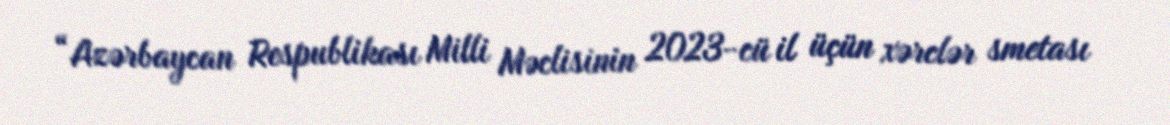
“Azərbaycan Respublikası Milli Məclisinin 2023-cü il üçün xərclər smetası